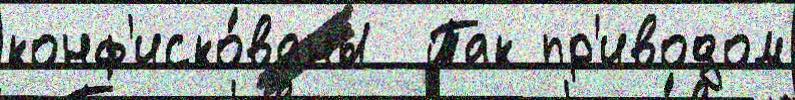
конф'иско́ваны  Так пр'иводом